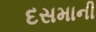
દસમાની